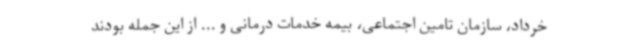
خرداد، سازمان تامین اجتماعی، بیمه خدمات درمانی و ... از این جمله بودند